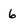
Character: 6